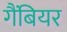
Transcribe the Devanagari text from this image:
गैंबियर